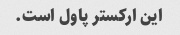
این ارکستر پاول است.